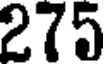
275